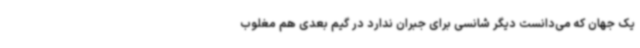
یک جهان که می‌دانست دیگر شانسی برای جبران ندارد در گیم بعدی هم مغلوب